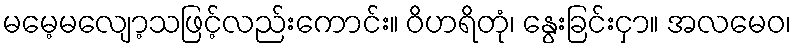
မမေ့မလျော့သဖြင့်လည်းကောင်း။ ဝိဟရိတုံ၊ နွေးခြင်းငှာ။ အလမေဝ၊